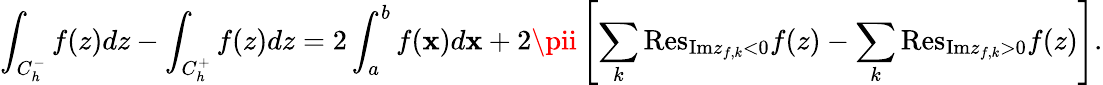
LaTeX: \int_{C_{h}^{-}}{f(z)dz}-\int_{C_{h}^{+}}{f(z)dz}=2\int_{a}^{b}{f(\mathbf{x})d\mathbf{x}}+2\pii\left[\sum_{k}{\mathrm{{Res}}}_{{\mathrm{{Im}}}z_{f,k}<0}f(z)-\sum_{k}{\mathrm{{Res}}}_{{\mathrm{{Im}}}z_{f,k}>0}f(z)\right].